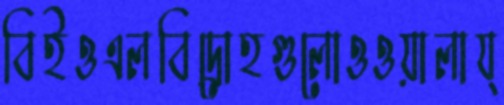
বিইওএলবিদ্রোহগুলোওওয়ালায্